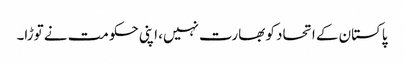
پاکستان کے اتحاد کو بھارت نہیں، اپنی حکومت نے توڑا۔